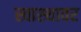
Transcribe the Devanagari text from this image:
स्वास्थावर